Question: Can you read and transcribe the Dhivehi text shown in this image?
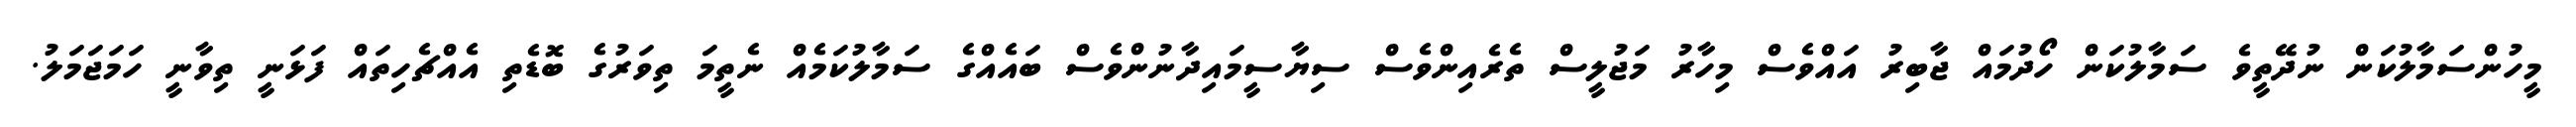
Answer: މީހުންސަމާލުކަން ނުދޭތީވެ ސަމާލުކަން ހޯދުމައް ޖާބިރު އައްވެސް މިހާރު މަޖުލީސް ތެރެއިންވެސް ސިޔާސީމައިދާނުންވެސް ބައެއްގެ ސަމާލުކަމެއް ނެތީމަ ތިވަރުގެ ބޮޑެތި އެއްޗެހިތައް ފަޅަނީ ތިވާނީ ހަމަޖަމަލު.